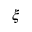
\xi